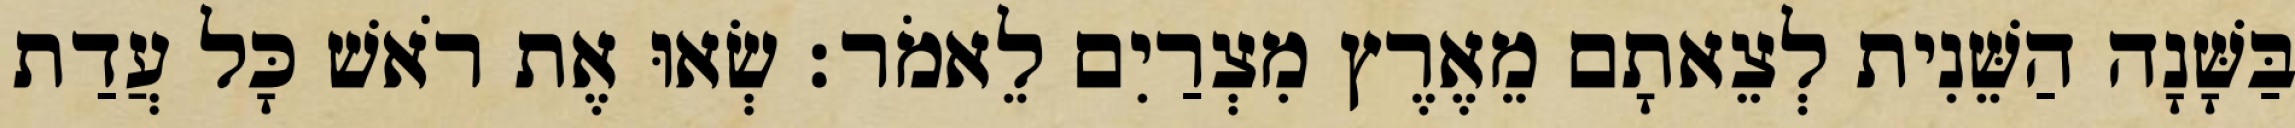
בַּשָּׁנָה הַשֵּׁנִית לְצֵאתָם מֵאֶרֶץ מִצְרַיִם לֵאמֹר׃ שְׂאוּ אֶת רֹאשׁ כָּל עֲדַת